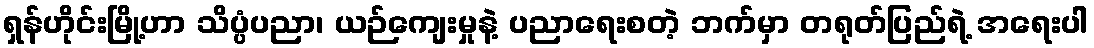
ရှန်ဟိုင်းမြို့ဟာ သိပ္ပံပညာ၊ ယဉ်ကျေးမှုနဲ့ ပညာရေးစတဲ့ ဘက်မှာ တရုတ်ပြည်ရဲ့ အရေးပါ